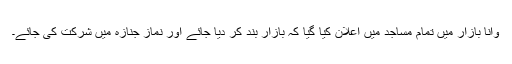
وانا بازار میں تمام مساجد میں اعلان کیا گیا کہ بازار بند کر دیا جائے اور نمازِ جنازہ میں شرکت کی جائے۔